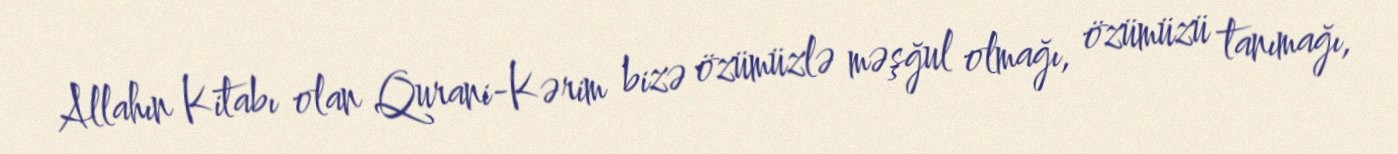
Allahın Kitabı olan Qurani-Kərim bizə özümüzlə məşğul olmağı, özümüzü tanımağı,